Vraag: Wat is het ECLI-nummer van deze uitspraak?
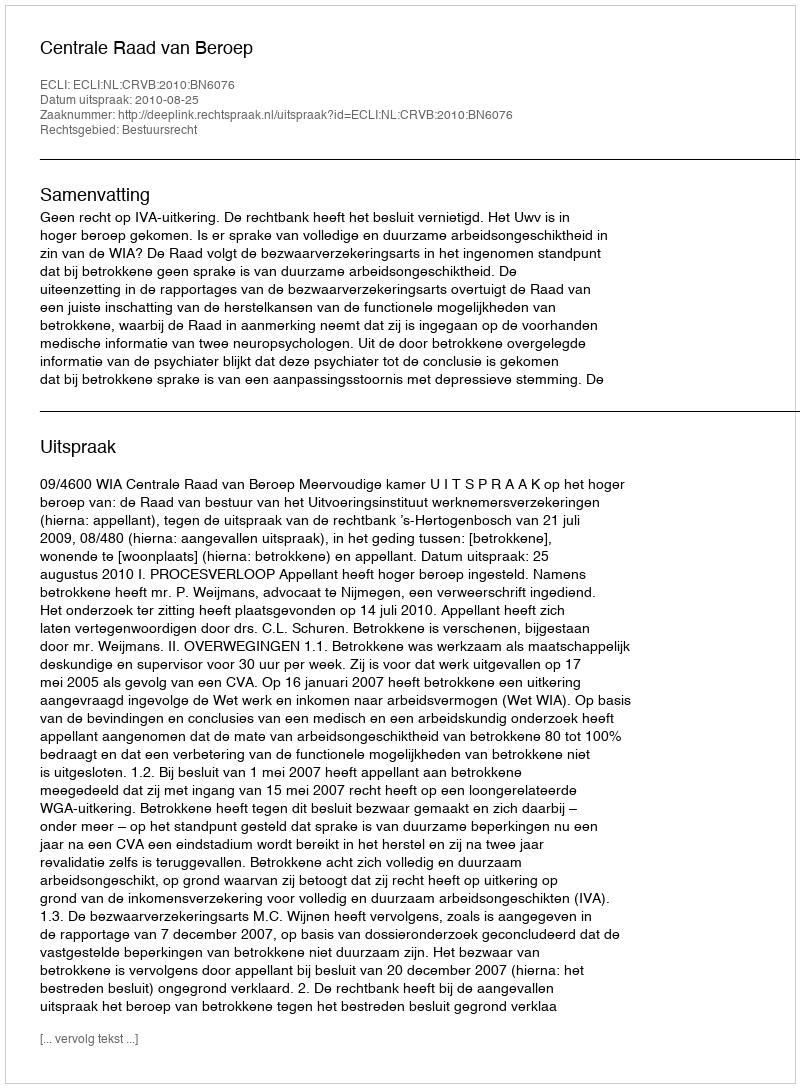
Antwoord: ECLI:NL:CRVB:2010:BN6076